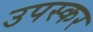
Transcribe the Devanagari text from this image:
उपस्‍कर